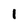
Character: 1